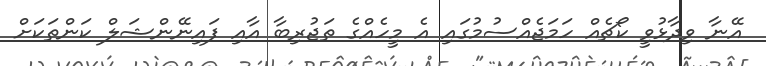
އޭނާ ވިދާޅުވީ ކޯޗެއް ހަމަޖެއްސުމުގައި އެ މީހެއްގެ ތަޖުރިބާ އާއި ފައިނޭންޝަލް ކަންތަކަށް